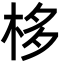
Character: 栘